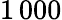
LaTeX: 1\, 000